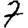
Digit: 7